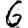
Digit: 6